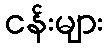
ငန်းများ